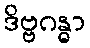
ဒိဗ္ဗဂန္ဓာ